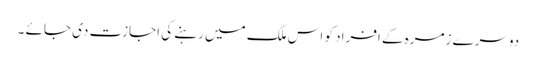
دوسرے زمرہ کے افراد کو اس ملک میں رہنے کی اجازت دی جائے ۔